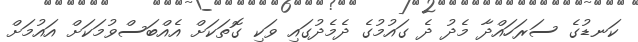
ކަނޑުގެ ސަރަހައްދާ މެދު ދެ ގައުމުގެ ދެމެދުގައި ވަކި ގޮތަކަށް އެއްބަސްވުމަކަށް އައުމަށް